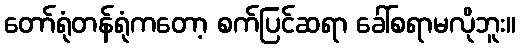
တော်ရုံတန်ရုံကတော့ စက်ပြင်ဆရာ ခေါ်စရာမလိုဘူး။